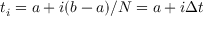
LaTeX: t _ { i } = a + i ( b - a ) / N = a + i \Delta t